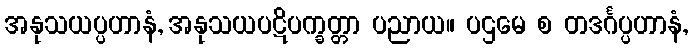
အနုသယပ္ပဟာနံ, အနုသယပဋိပက္ခတ္တာ ပညာယ။ ပဌမေ စ တဒင်္ဂပ္ပဟာနံ,